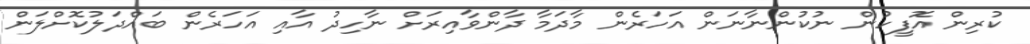
ކުރިން އޮފީހުން ނުކުންނާނަން އަހަރެން މާދަމާ ދާންވާއިރަށް ނާހިދު އާއި އަހަރެން ބައްދަލުކޮށްލަން